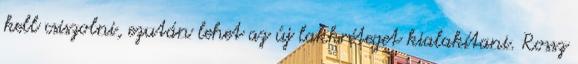
kell csiszolni, ezután lehet az új lakkréteget kialakítani. Rossz